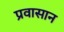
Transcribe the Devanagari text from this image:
प्रवासान